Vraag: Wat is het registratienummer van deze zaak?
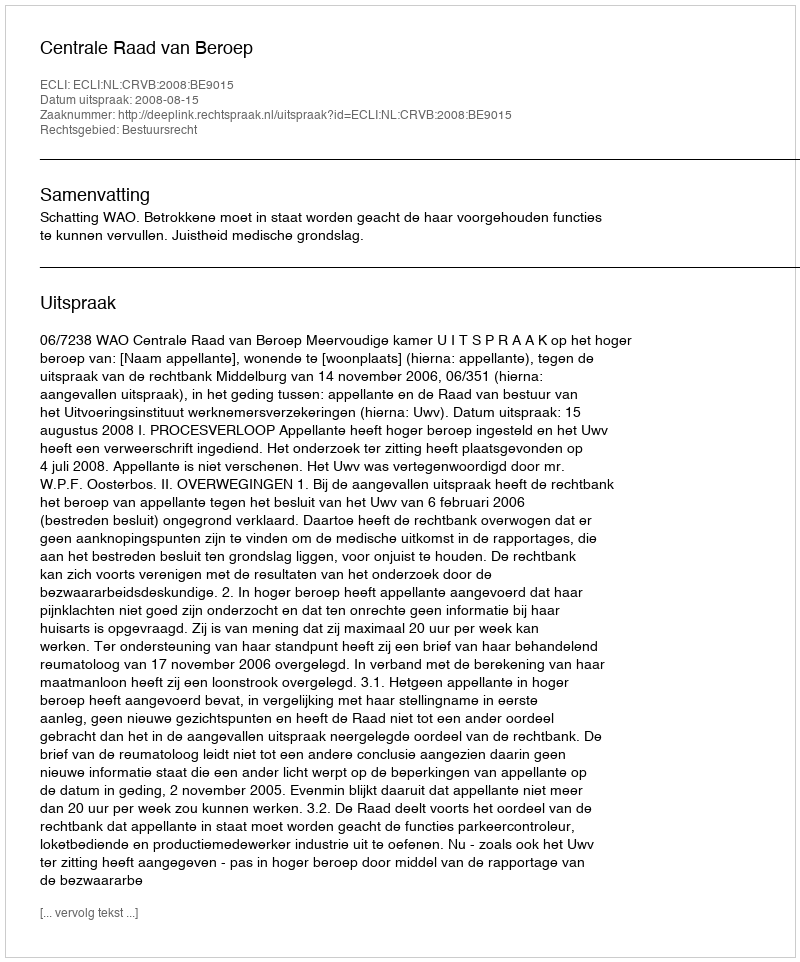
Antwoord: http://deeplink.rechtspraak.nl/uitspraak?id=ECLI:NL:CRVB:2008:BE9015